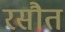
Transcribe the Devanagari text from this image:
रसौत